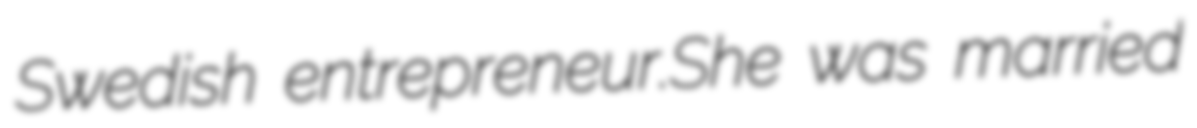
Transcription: Swedish entrepreneur.She was married